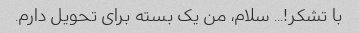
با تشکر!... سلام، من یک بسته برای تحویل دارم.